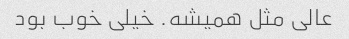
عالی مثل همیشه. خیلی خوب بود